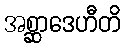
အစ္ဆာဒေဟီတိ